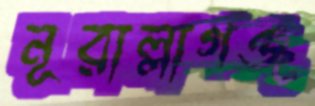
নূরাল্লাগঞ্জ